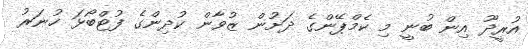
އުރީދޫ އިން ބުނީ މި ކެމްޕޭންގެ ދަށުން ޒުވާން ކުދިންގެ ފުޓްބޯޅަ ހުނަރު